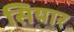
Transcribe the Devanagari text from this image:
सियार